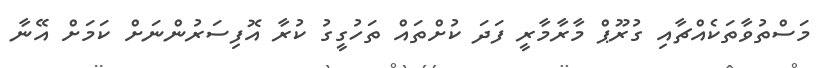
މަސްތުވާތަކެއްޗާއި ގުރޫޕް މާރާމާރީ ފަދަ ކުށްތައް ތަހުގީގު ކުރާ އޮފިސަރުންނަށް ކަމަށް އޭނާ